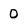
Character: 0